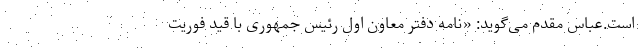
است.عباس مقدم می‌گوید: «نامه دفتر معاون اول رئیس جمهوری با قید فوریت